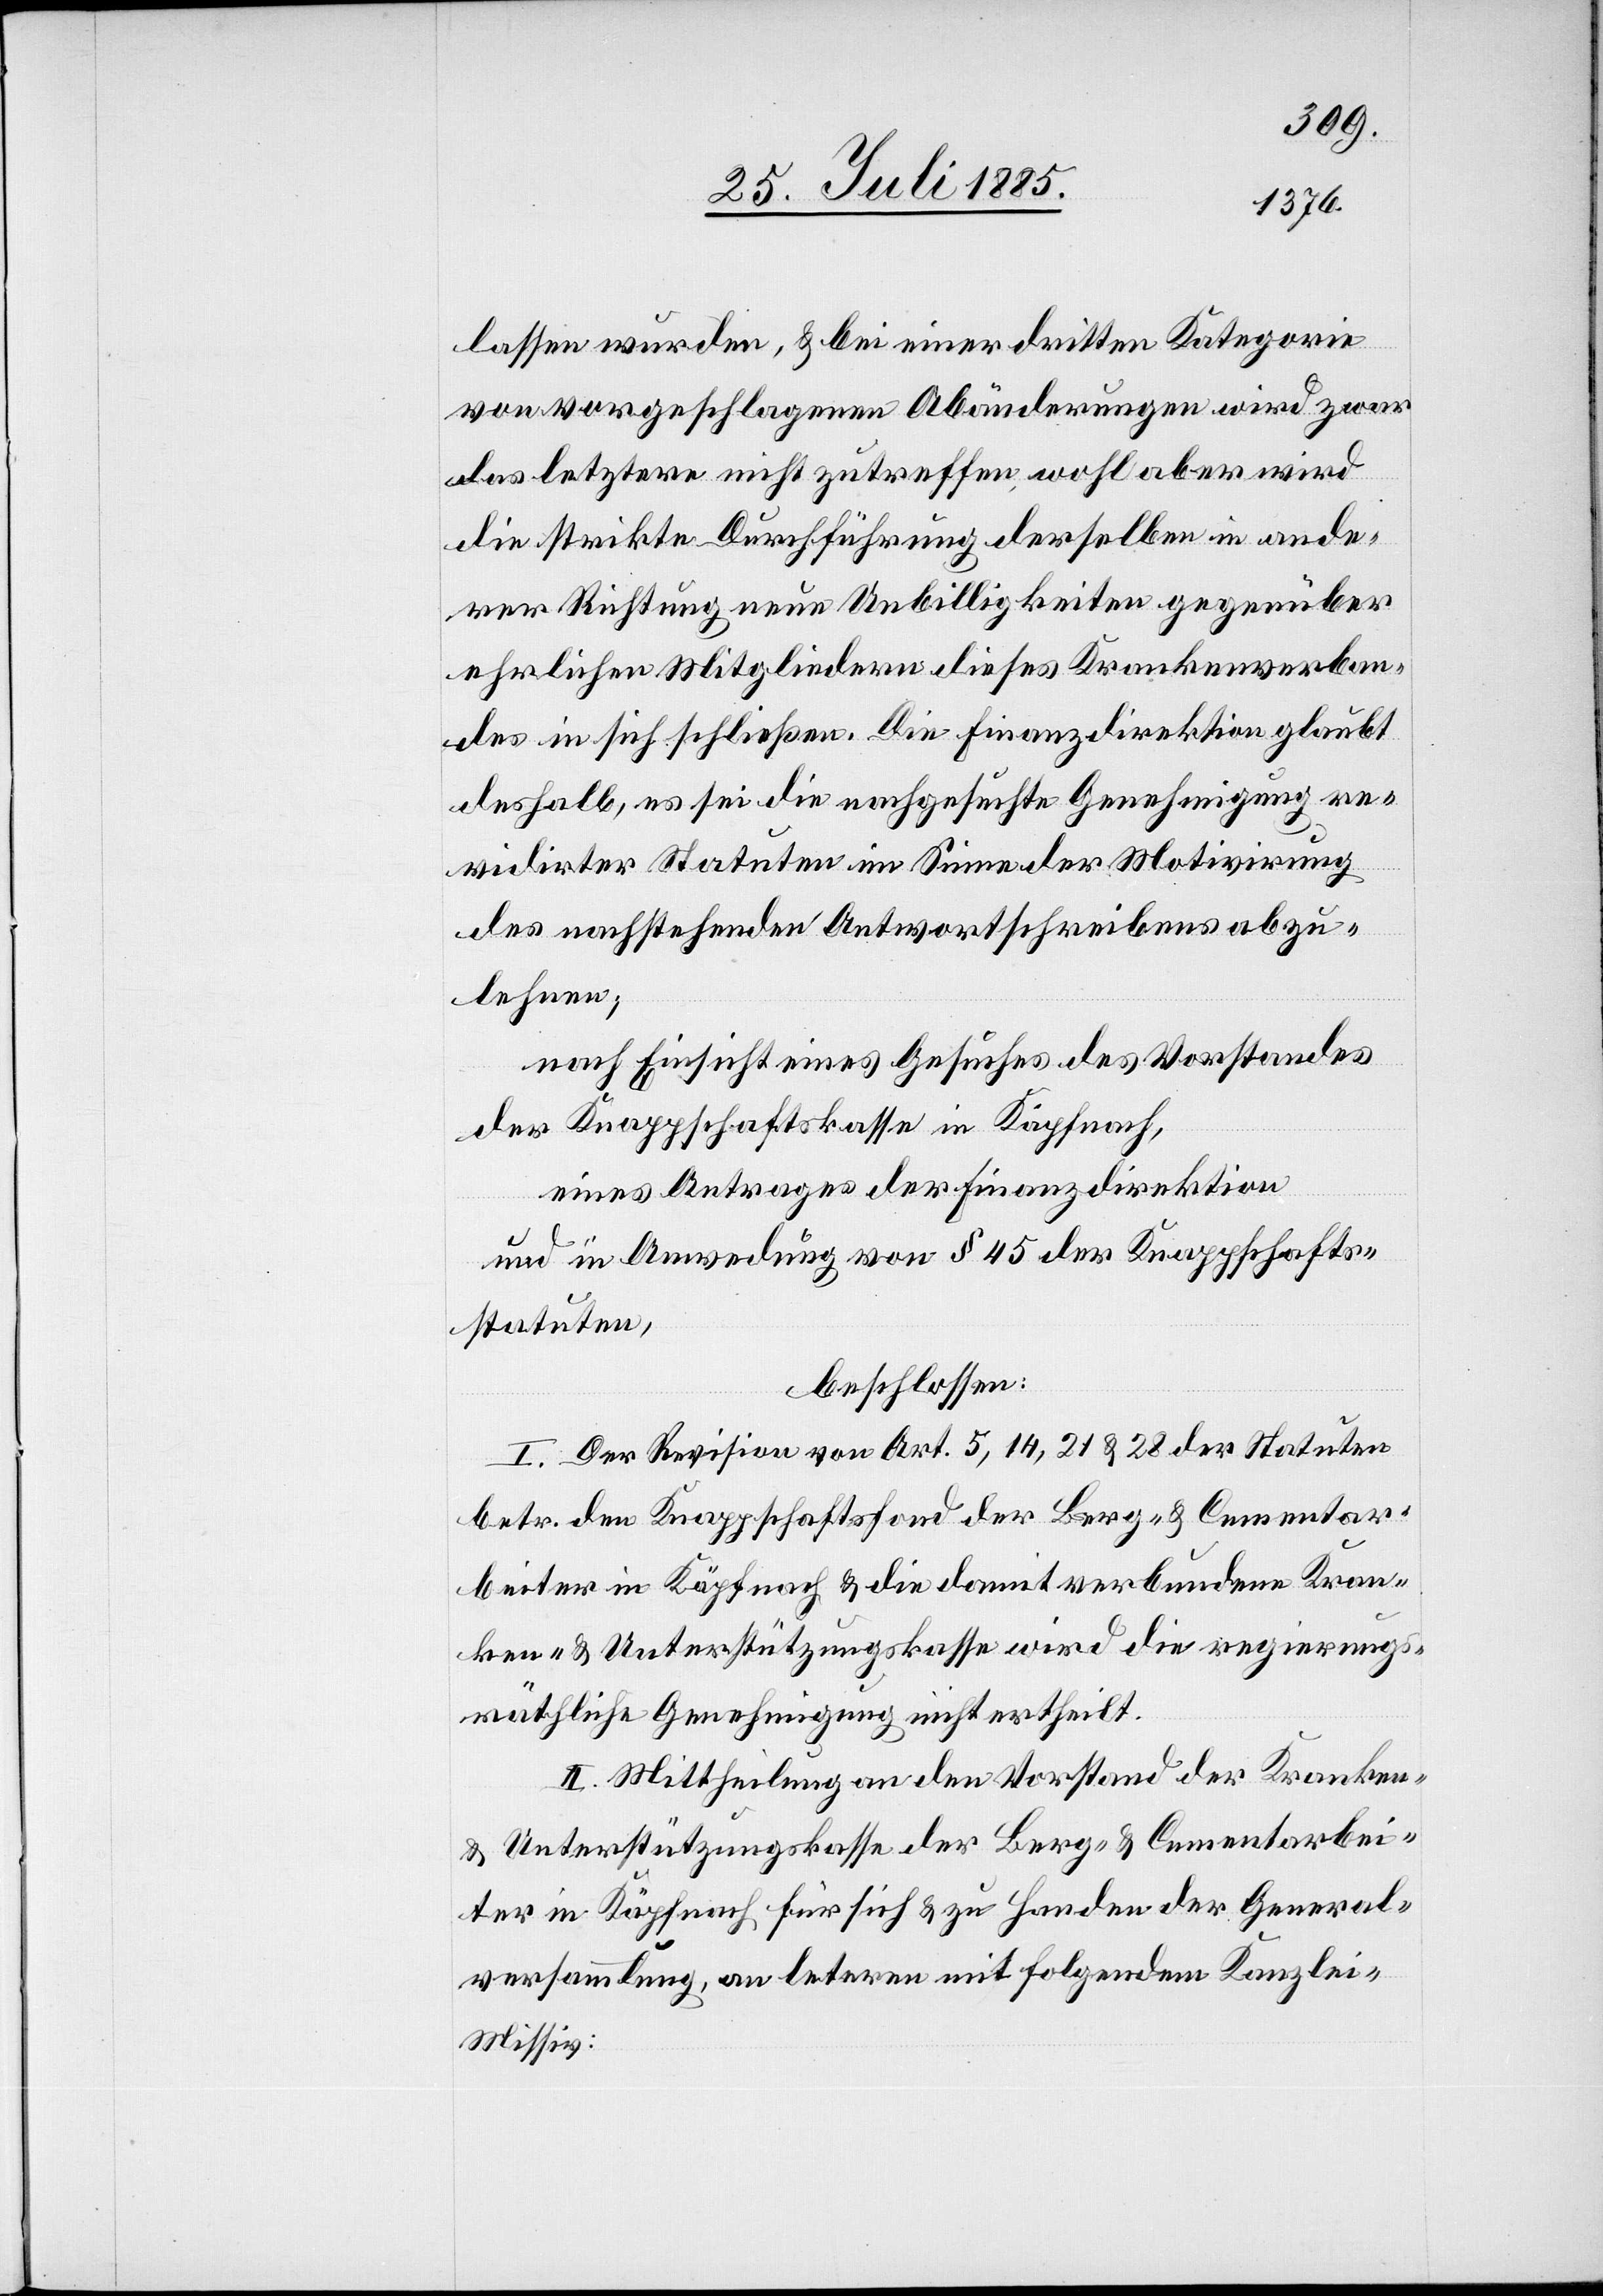
lassen wurden, & bei einer dritten Kategorie
von vorgeschlagenen Abänderungen wird zwar
das letztere nicht zutreffen, wohl aber wird
die strikte Durchführung derselben in ande¬
rer Richtung neue Unbilligkeiten gegenüber
ehrlichen Mitgliedern dieses Krankenverban¬
des in sich schließen. Die Finanzdirektion glaubt
deshalb, es sei die nachgesuchte Genehmigung re¬
vidirter Statuten im Sinne der Motivirung
des nachstehenden Antwortschreibens abzu¬
lehnen;
nach Einsicht eines Gesuches des Vorstandes
der Knappschaftskasse in Käpfnach,
eines Antrages der Finanzdirektion
und in Anwendung von § 45 der Knappschafts¬
statuten,
beschlossen:
I. Der Revision von Art. 5, 14, 21 & 28 der Statuten
betr. den Knappschaftsbund der Berg- & Cementar¬
beiter in Käpfnach & die damit verbundene Kran¬
ken- & Unterstützungskasse wird die regierungs¬
räthliche Genehmigung nicht ertheilt.
II. Mittheilung an den Vorstand der Kranken-
& Unterstützungskasse der Berg- & Cementarbei¬
ter in Käpfnach für sich & zu Handen der General¬
versammlung, an letztern mit folgendem Kanzle¬
i-Missiv: